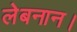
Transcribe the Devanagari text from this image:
लेबनान।